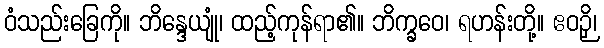
ဝံသည်းခြေကို။ ဘိန္ဒေယျုံ၊ ထည့်ကုန်ရာ၏။ ဘိက္ခဝေ၊ ရဟန်းတို့။ ဧဝဉှိ၊